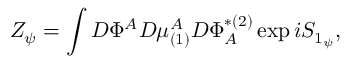
Z _ { \psi } = \int { \cal D } \Phi ^ { A } { \cal D } \mu _ { ( 1 ) } ^ { A } { \cal D } \Phi _ { A } ^ { * ( 2 ) } \exp i S _ { 1 _ { \psi } } ,